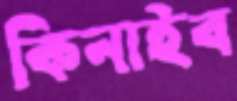
কিনাইব